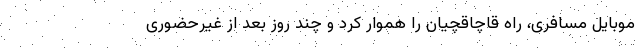
موبایل مسافری، راه قاچاقچیان را هموار کرد و چند روز بعد از غیرحضوری